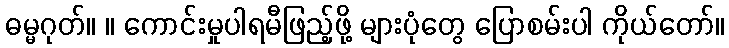
ဓမ္မဂုတ်။ ။ ကောင်းမှုပါရမီဖြည့်ဖို့ များပုံတွေ ပြောစမ်းပါ ကိုယ်တော်။